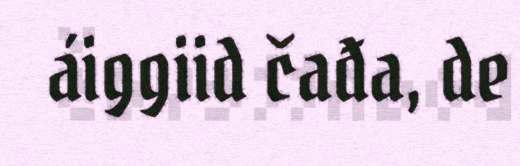
áiggiid čađa, de